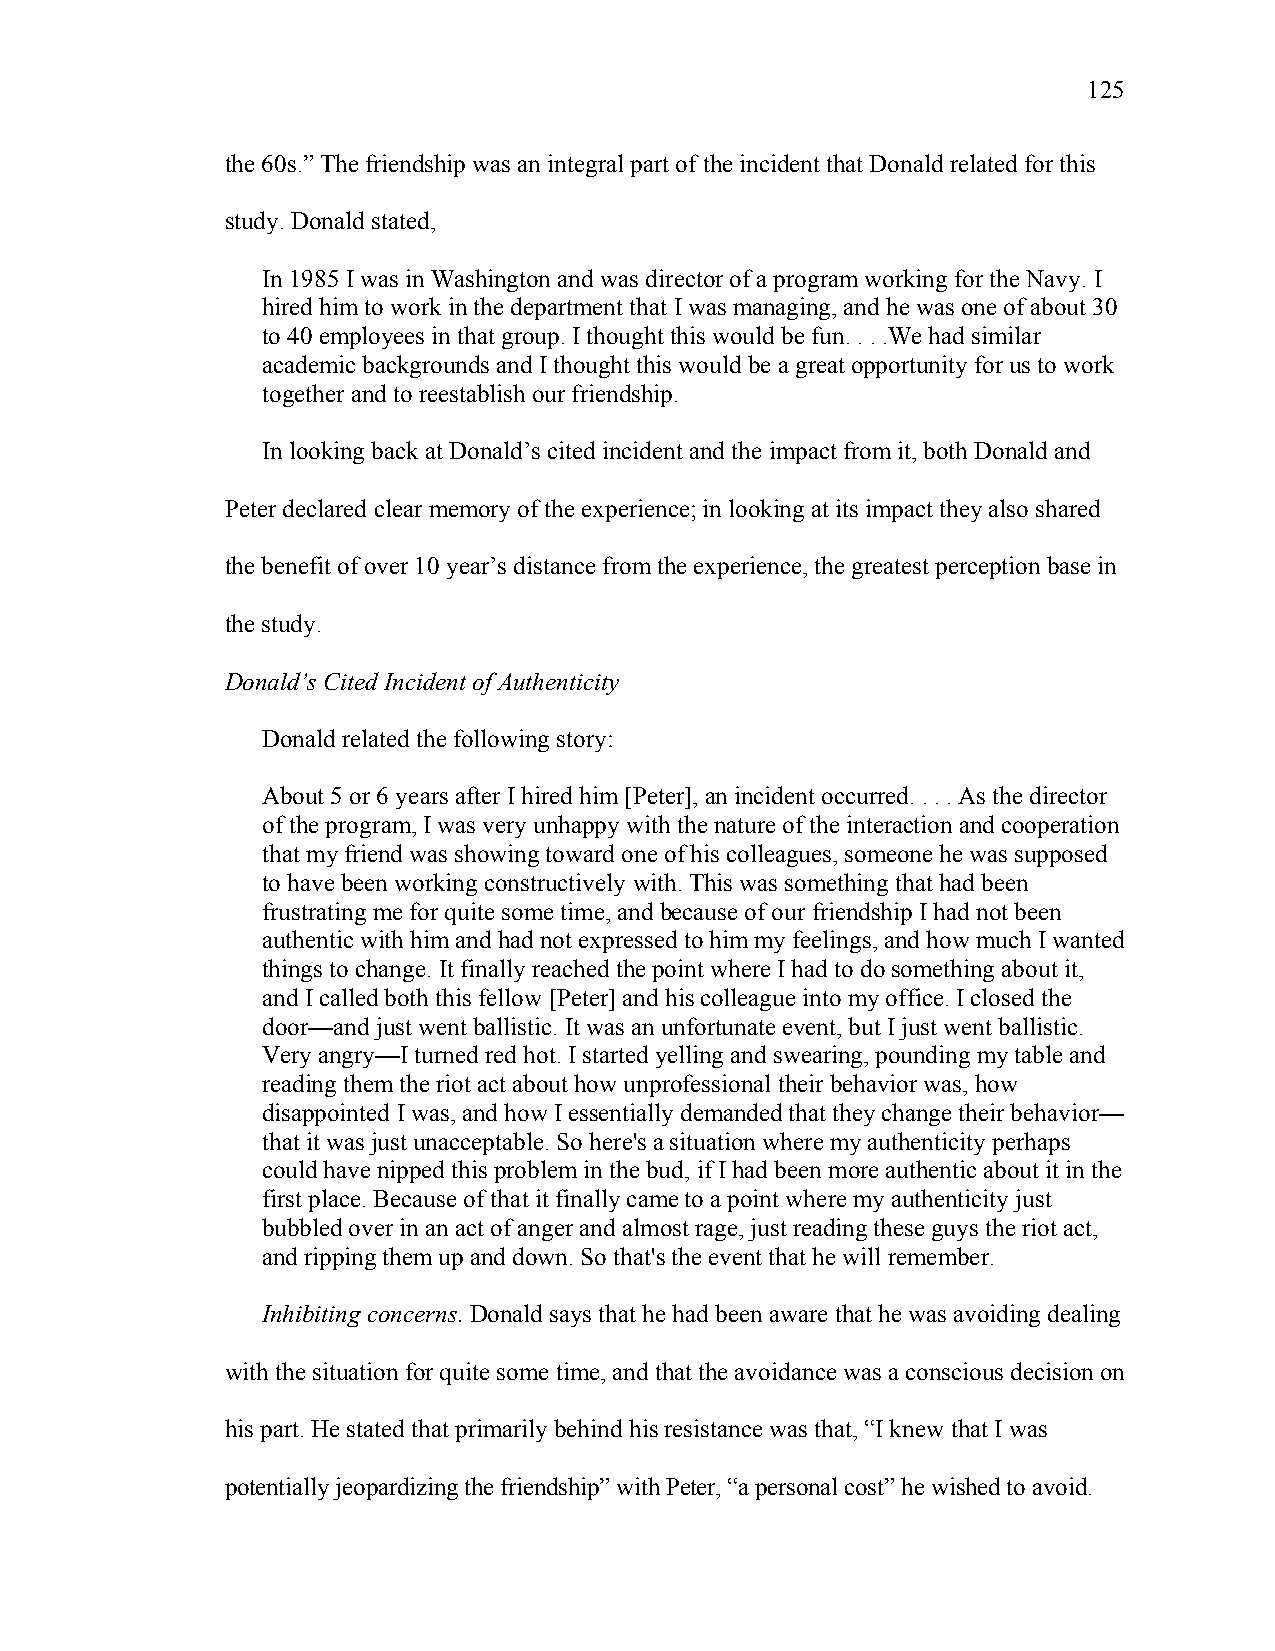
125
 the 60s.” The friendship was an integral part of the incident that Donald related for this
 study. Donald stated,
 In 1985 I was in Washington and was director of a program working for the Navy. I
 hired him to work in the department that I was managing, and he was one of about 30
 to 40 employees in that group. I thought this would be fun. . . .We had similar
 academic backgrounds and I thought this would be a great opportunity for us to work
 together and to reestablish our friendship.
 In looking back at Donald’s cited incident and the impact from it, both Donald and
 Peter declared clear memory of the experience; in looking at its impact they also shared
 the benefit of over 10 year’s distance from the experience, the greatest perception base in
 the study.
 Donald’s Cited Incident of Authenticity
 Donald related the following story:
 About 5 or 6 years after I hired him [Peter], an incident occurred. . . . As the director
 of the program, I was very unhappy with the nature of the interaction and cooperation
 that my friend was showing toward one of his colleagues, someone he was supposed
 to have been working constructively with. This was something that had been
 frustrating me for quite some time, and because of our friendship I had not been
 authentic with him and had not expressed to him my feelings, and how much I wanted
 things to change. It finally reached the point where I had to do something about it,
 and I called both this fellow [Peter] and his colleague into my office. I closed the
 door—and just went ballistic. It was an unfortunate event, but I just went ballistic.
 Very angry—I turned red hot. I started yelling and swearing, pounding my table and
 reading them the riot act about how unprofessional their behavior was, how
 disappointed I was, and how I essentially demanded that they change their behavior—
 that it was just unacceptable. So here's a situation where my authenticity perhaps
 could have nipped this problem in the bud, if I had been more authentic about it in the
 first place. Because of that it finally came to a point where my authenticity just
 bubbled over in an act of anger and almost rage, just reading these guys the riot act,
 and ripping them up and down. So that's the event that he will remember.
 Inhibiting concerns. Donald says that he had been aware that he was avoiding dealing
 with the situation for quite some time, and that the avoidance was a conscious decision on
 his part. He stated that primarily behind his resistance was that, “I knew that I was
 potentially jeopardizing the friendship” with Peter, “a personal cost” he wished to avoid.